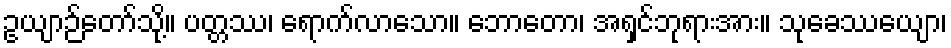
ဥယျာဉ်တော်သို့။ ပတ္တဿ၊ ရောက်လာသော။ ဘောတော၊ အရှင်ဘုရားအား။ သုခေဿယျော၊